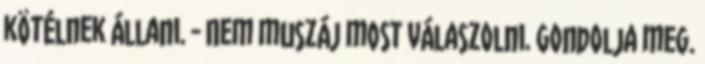
kötélnek állani. - Nem muszáj most válaszolni. Gondolja meg.